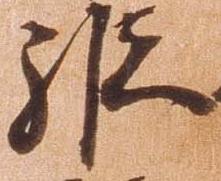
縦